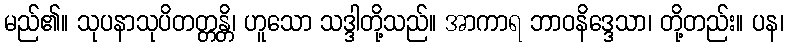
မည်၏။ သုပနာသုပိတတ္တန္တိ၊ ဟူသော သဒ္ဒါတို့သည်။ အာကာရ ဘာဝနိဒ္ဒေသာ၊ တို့တည်း။ ပန၊